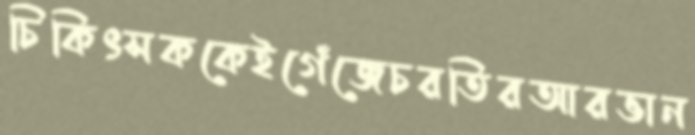
চিকিৎসককেইগেঁজেচরতিরআরভান